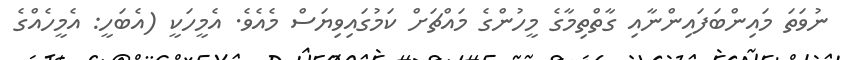
ނުވަތަ މައިންބަފައިންނާއި ގާތްތިމާގެ މީހުންގެ މައްޗަށް ކަމުގައިވިޔަސް މެއެވެ. އެމީހަކީ (އެބަހީ: އެމީހެއްގެ